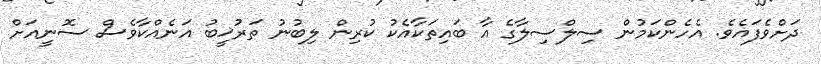
ދަށްވެފައެވެ. އެހެންކަމުން ސިލްސިލާގެ އާ ބައިތަކާއެކު ކުރިން ލިބުނު ތަރުޚީބު އަނެއްކާވެސް ސޮނީއަށް